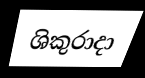
ශිකුරාදා